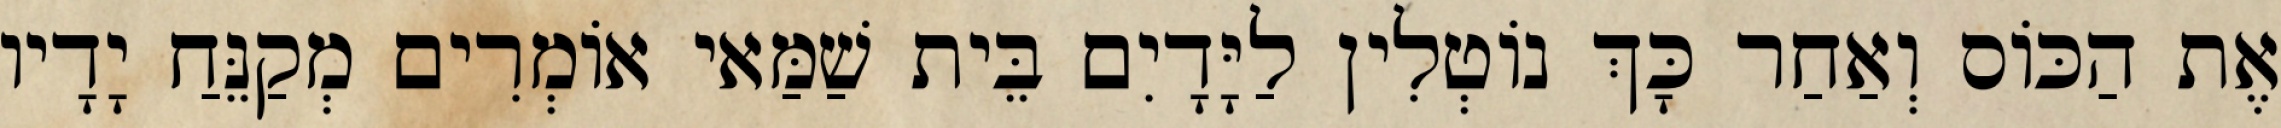
אֶת הַכּוֹס וְאַחַר כָּךְ נוֹטְלִין לַיָּדָיִם בֵּית שַׁמַּאי אוֹמְרִים מְקַנֵּחַ יָדָיו